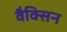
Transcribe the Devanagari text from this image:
वैक्सिन